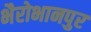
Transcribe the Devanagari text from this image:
भैरोभानपुर